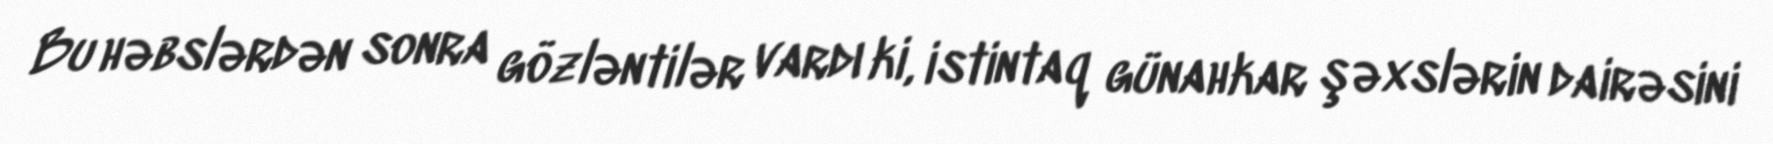
Bu həbslərdən sonra gözləntilər vardı ki, istintaq günahkar şəxslərin dairəsini